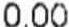
0.00